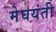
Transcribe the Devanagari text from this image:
मेघयंती